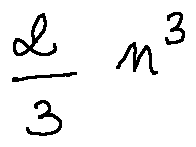
\frac { 2 } { 3 } n ^ { 3 }